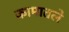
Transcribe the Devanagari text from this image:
कामातले